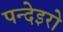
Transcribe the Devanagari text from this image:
पन्देइरो